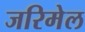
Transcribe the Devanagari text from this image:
जरिमेल